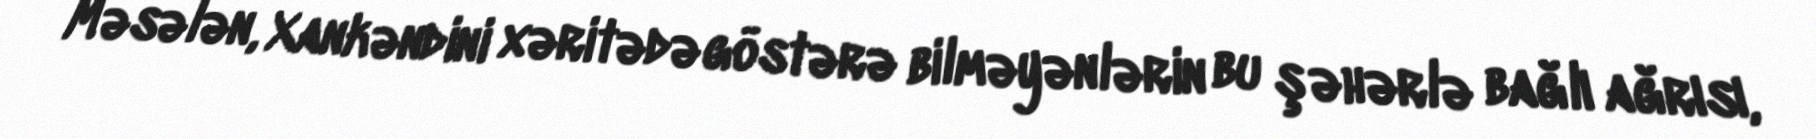
Məsələn, Xankəndini xəritədə göstərə bilməyənlərin bu şəhərlə bağlı ağrısı,